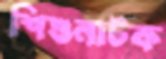
শিশুনাটক